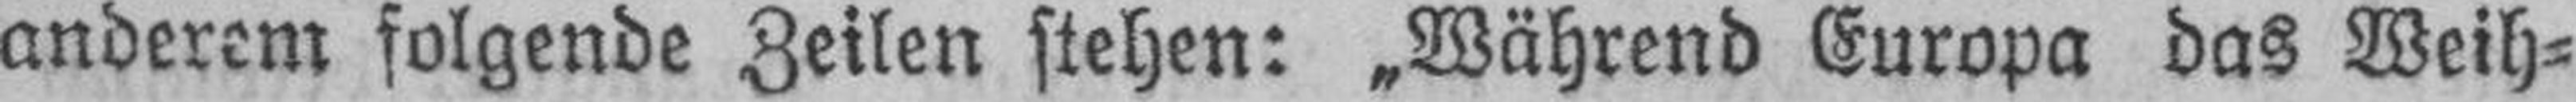
anderem folgende Zeilen stehen: „Während Europa das Weih¬